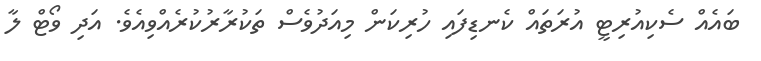
ބައެއް ސެކިއުރިޓީ އުރަތައް ކެނޑިފައި ހުރިކަން މިއަދުވެސް ތަކުރާރުކުރެއްވިއެވެ. އަދި ވޯޓް ލާ